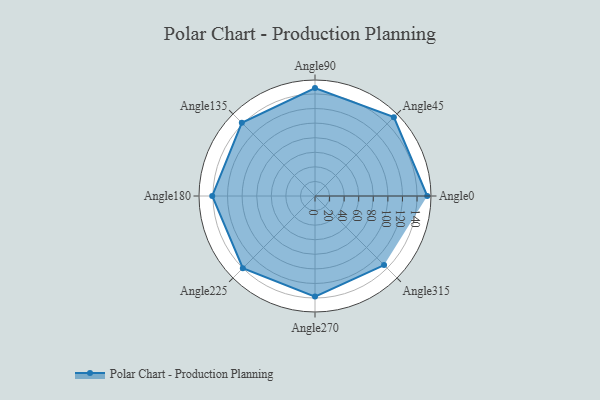
{"axis": {"x": "Angle", "y": "Radius"}, "legend": [""], "data": [{"x": "Angle0", "y": 154.0, "type": ""}, {"x": "Angle45", "y": 153.0, "type": ""}, {"x": "Angle90", "y": 148.0, "type": ""}, {"x": "Angle135", "y": 142.0, "type": ""}, {"x": "Angle180", "y": 141.0, "type": ""}, {"x": "Angle225", "y": 140.0, "type": ""}, {"x": "Angle270", "y": 138.0, "type": ""}, {"x": "Angle315", "y": 134.0, "type": ""}]}